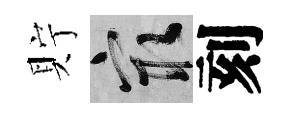
貯冣刻